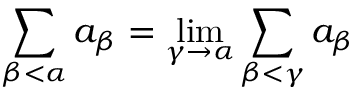
\sum _ { \beta < \alpha } a _ { \beta } = \operatorname* { l i m } _ { \gamma \to \alpha } \sum _ { \beta < \gamma } a _ { \beta }